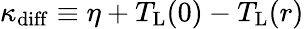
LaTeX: \kappa_{\mathrm{diff}}\equiv\eta+T_{\mathrm{L}}(0)-T_{\mathrm{L}}(r)